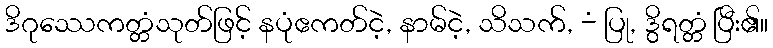
ဒိဂုဿေကတ္တံသုတ်ဖြင့် နပုံဧကတ်ငဲ့, နာမ်ငဲ့, သိသက်, -ံ ပြု, ဒွိရတ္တံ ပြီး၏။